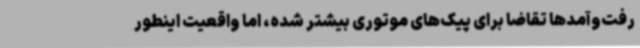
رفت‌وآمدها تقاضا برای پیک‌های موتوری بیشتر شده، اما واقعیت اینطور